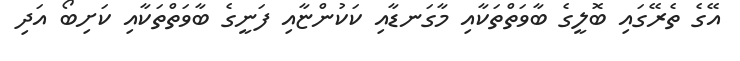
އޭގެ ތެރޭގައި ބޮލީގެ ބާވަތްތަކާއި މާގަނޑާއި ކަކުންޏާއި ފަނީގެ ބާވަތްތަކާއި ކަށިބޯ އަދި